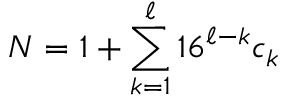
N = 1 + \sum _ { k = 1 } ^ { \ell } 1 6 ^ { \ell - k } c _ { k }